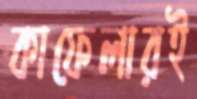
কাফেলারই